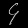
Digit: ၄